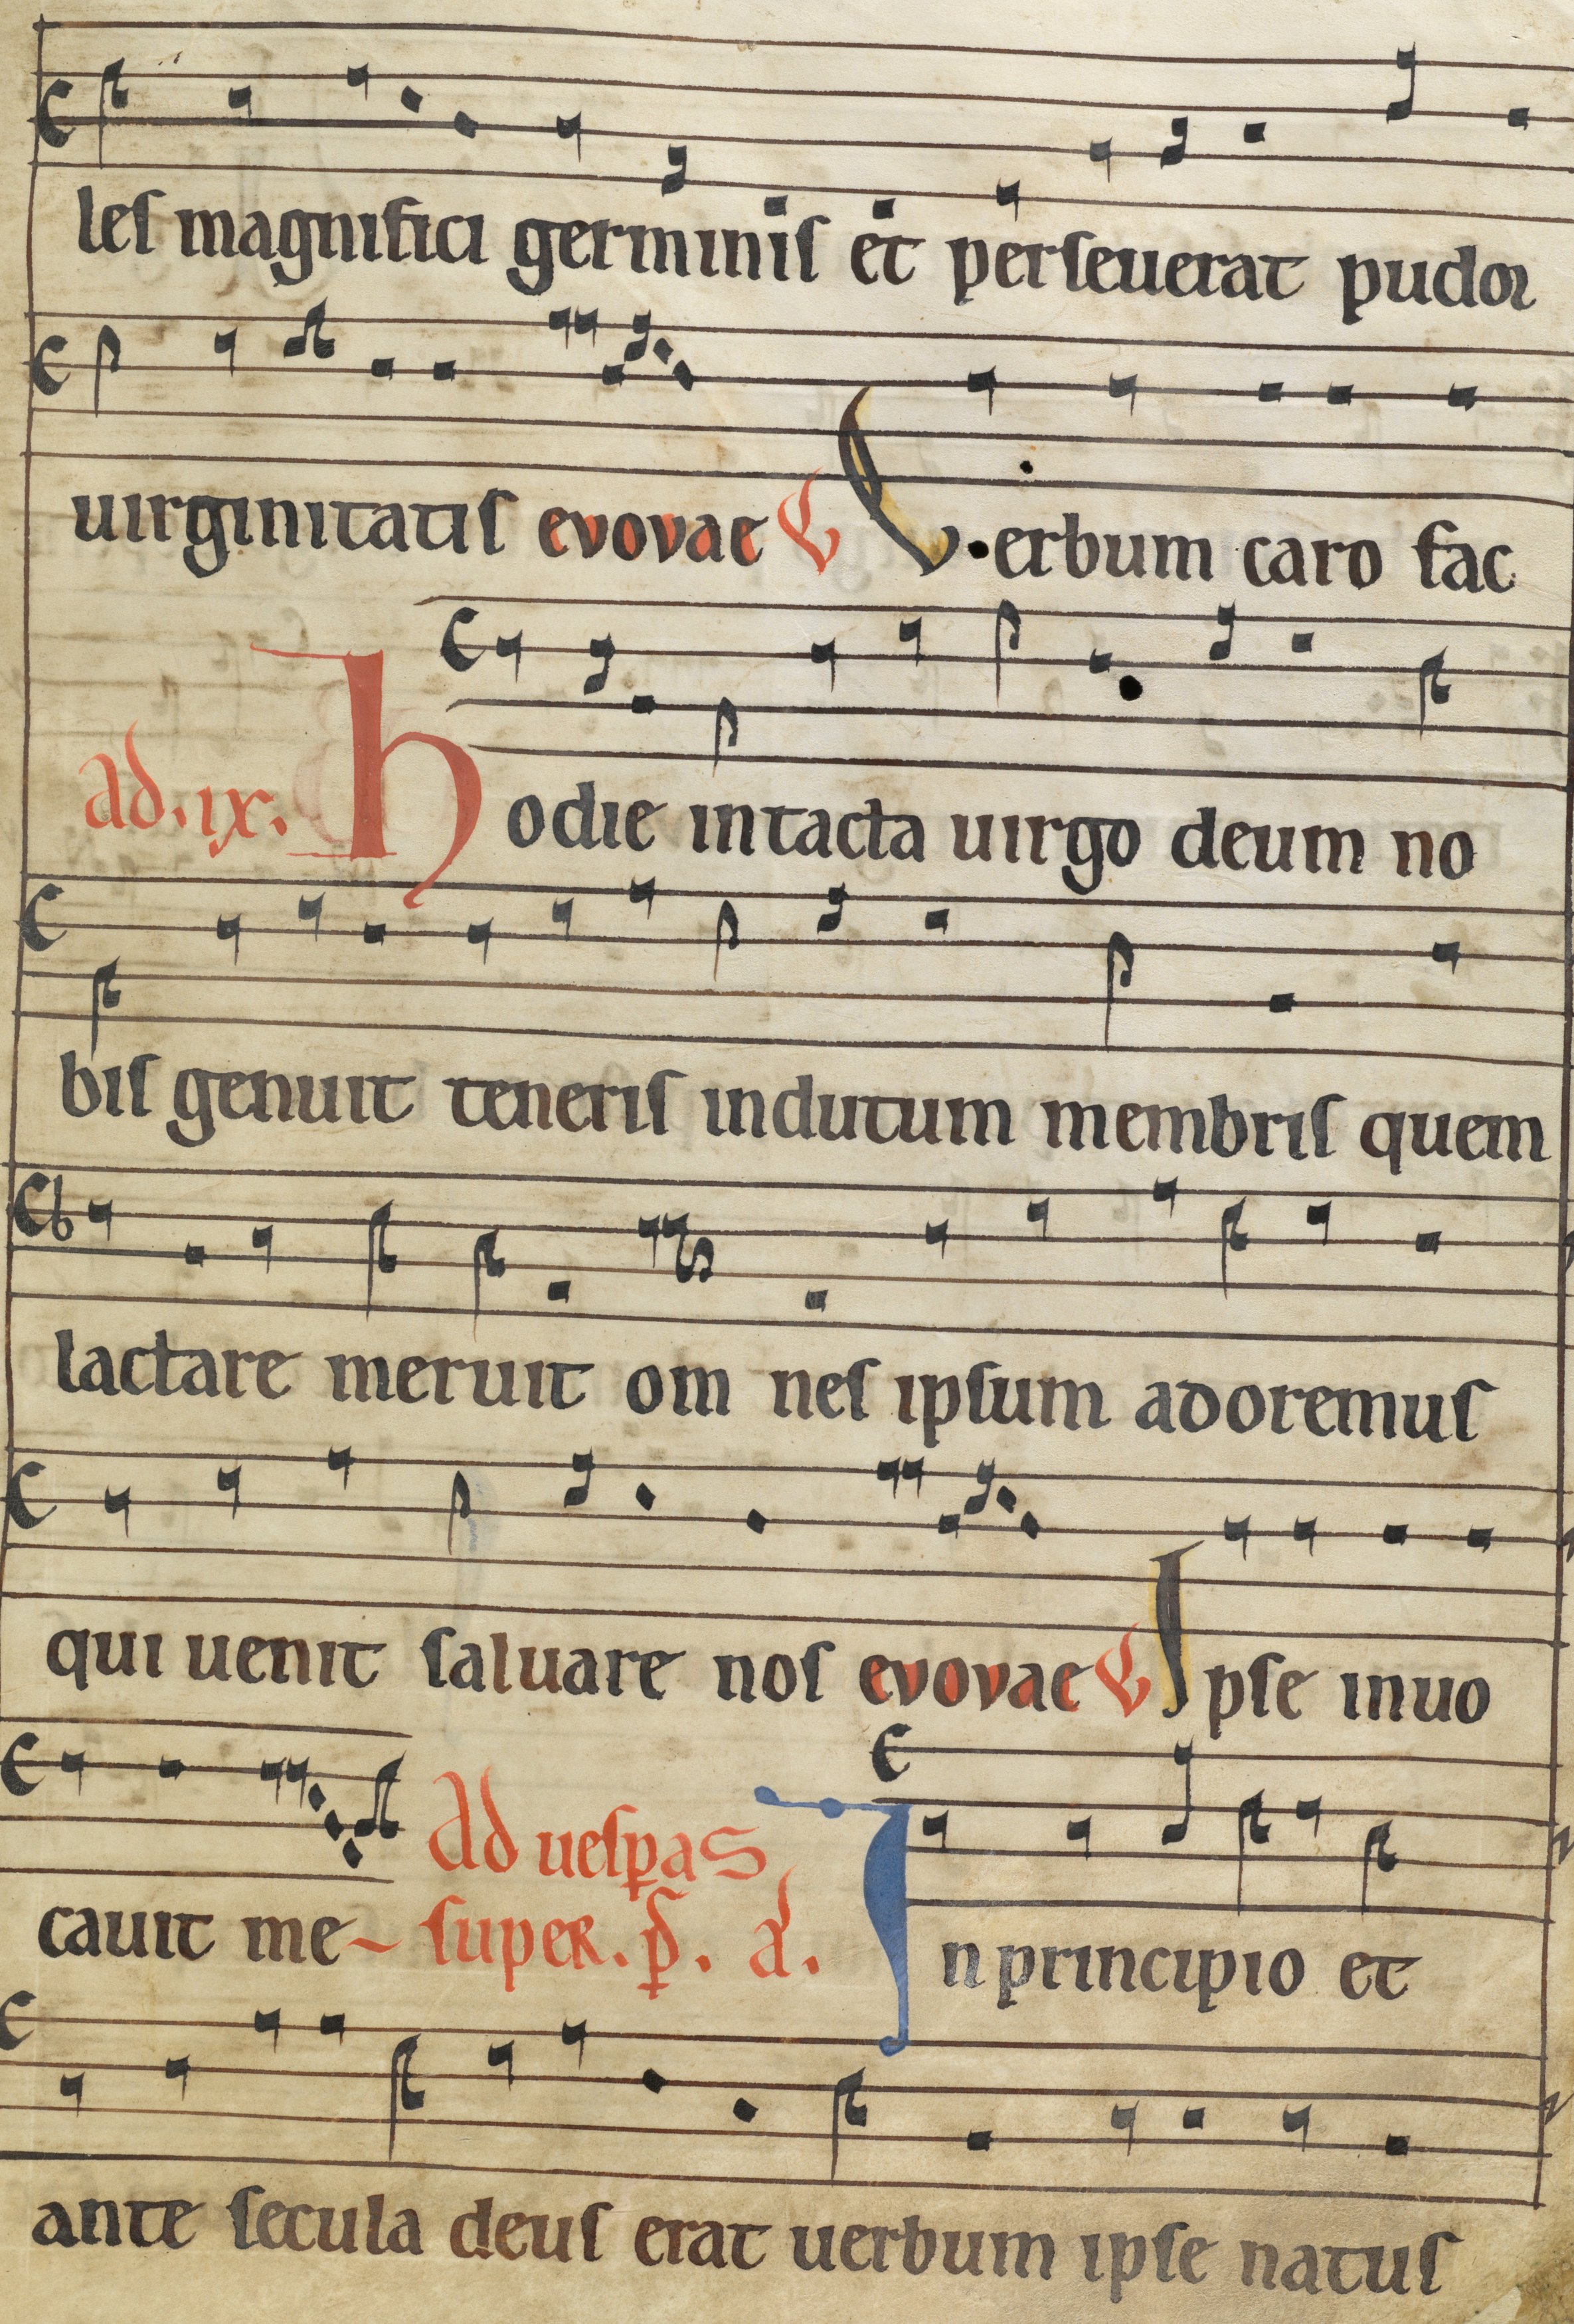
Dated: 1185–1215